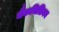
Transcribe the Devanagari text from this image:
मैकमिलियन